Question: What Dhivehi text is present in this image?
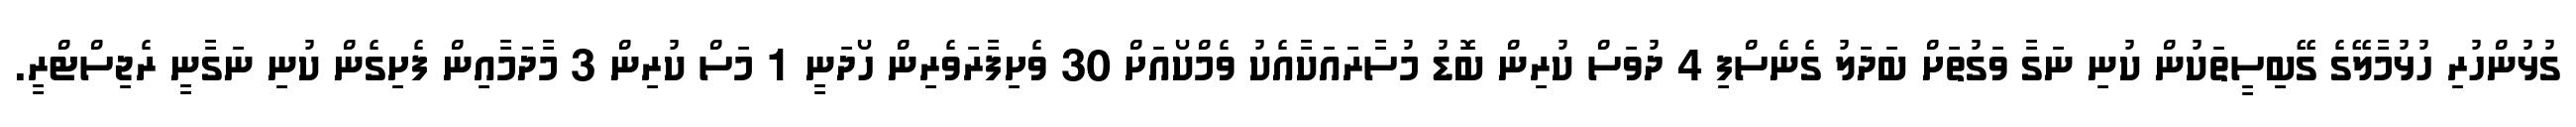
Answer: ގުޅުންހުރި ހުޅުމާލޭގެ ގޭބިސީތަކުން ކުނި ނަގާ ވަގުތަށް ބަދަލު ގެނެސްފި 4 ދުވަސް ކުރިން ބޮޑު މުސާރައަކާއެކު ވެމްކޯއަށް 30 ވެށިފާރަވެރިން ހޯދަނީ 1 މަސް ކުރިން 3 މާދަމާއިން ފެށިގެން ކުނި ނަގާނީ ރެޖިސްޓްރީ.